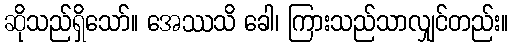
ဆိုသည်ရှိသော်။ အေဿသိ ခေါ၊ ကြားသည်သာလျှင်တည်း။